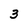
Character: 3